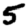
Digit: 5